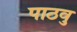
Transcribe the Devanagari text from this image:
पाठवु